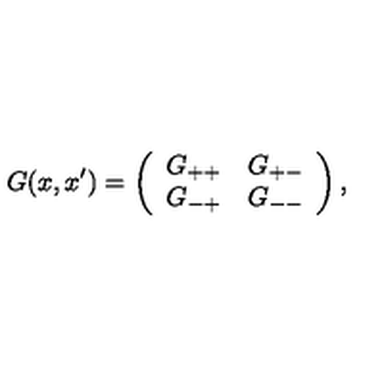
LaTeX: G ( x , x ^ { \prime } ) = \left( \begin{array} { c c } { G _ { + + } } & { G _ { + - } } \\ { G _ { - + } } & { G _ { -- } } \\ \end{array} \right) ,